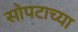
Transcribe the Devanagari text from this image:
सोपटाच्या